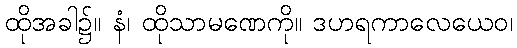
ထိုအခါ၌။ နံ၊ ထိုသာမဏေကို။ ဒဟရကာလေယေဝ၊